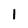
Character: 1